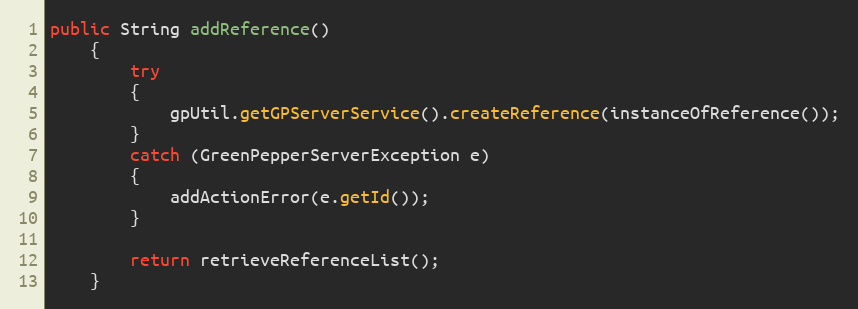
Language: Java
public String addReference()
    {
        try
        {
            gpUtil.getGPServerService().createReference(instanceOfReference());
        }
        catch (GreenPepperServerException e)
        {
            addActionError(e.getId());
        }

        return retrieveReferenceList();
    }